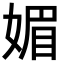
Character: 媚